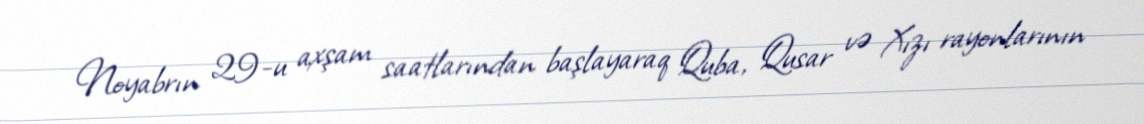
Noyabrın 29-u axşam saatlarından başlayaraq Quba, Qusar və Xızı rayonlarının